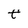
Character: t